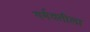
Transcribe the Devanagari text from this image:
गर्मवतीला